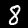
Label: 8